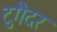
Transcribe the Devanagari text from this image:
टुगैदर